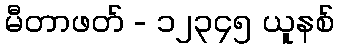
မီတာဖတ် - ၁၂၃၄၅ ယူနစ်